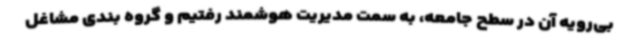
بی‌رویه آن در سطح جامعه، به سمت مدیریت هوشمند رفتیم و گروه بندی مشاغل